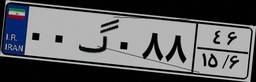
۶۷گ۷۲۹۳۲